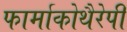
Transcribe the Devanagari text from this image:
फार्माकोथैरेपी